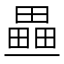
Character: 𤳏